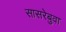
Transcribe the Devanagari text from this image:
सासरेबुवा